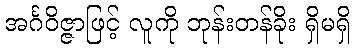
အင်္ဂဝိဇ္ဇာဖြင့် လူကို ဘုန်းတန်ခိုး ရှိမရှိ